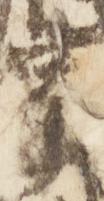
宰